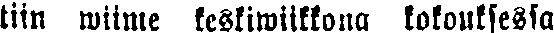
tiin wiime keskiwiikkona kokouksessa